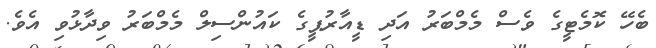
ބެހޭ ކޮމެޓީގެ ވެސް މެމްބަރު އަދި ޑީއާރުޕީގެ ކައުންސިލް މެމްބަރު ވިދާޅުވި އެވެ.